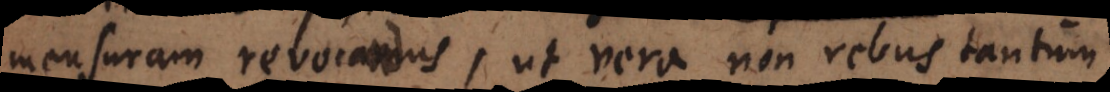
mensuram revocandus, ut vera non rebus tantum